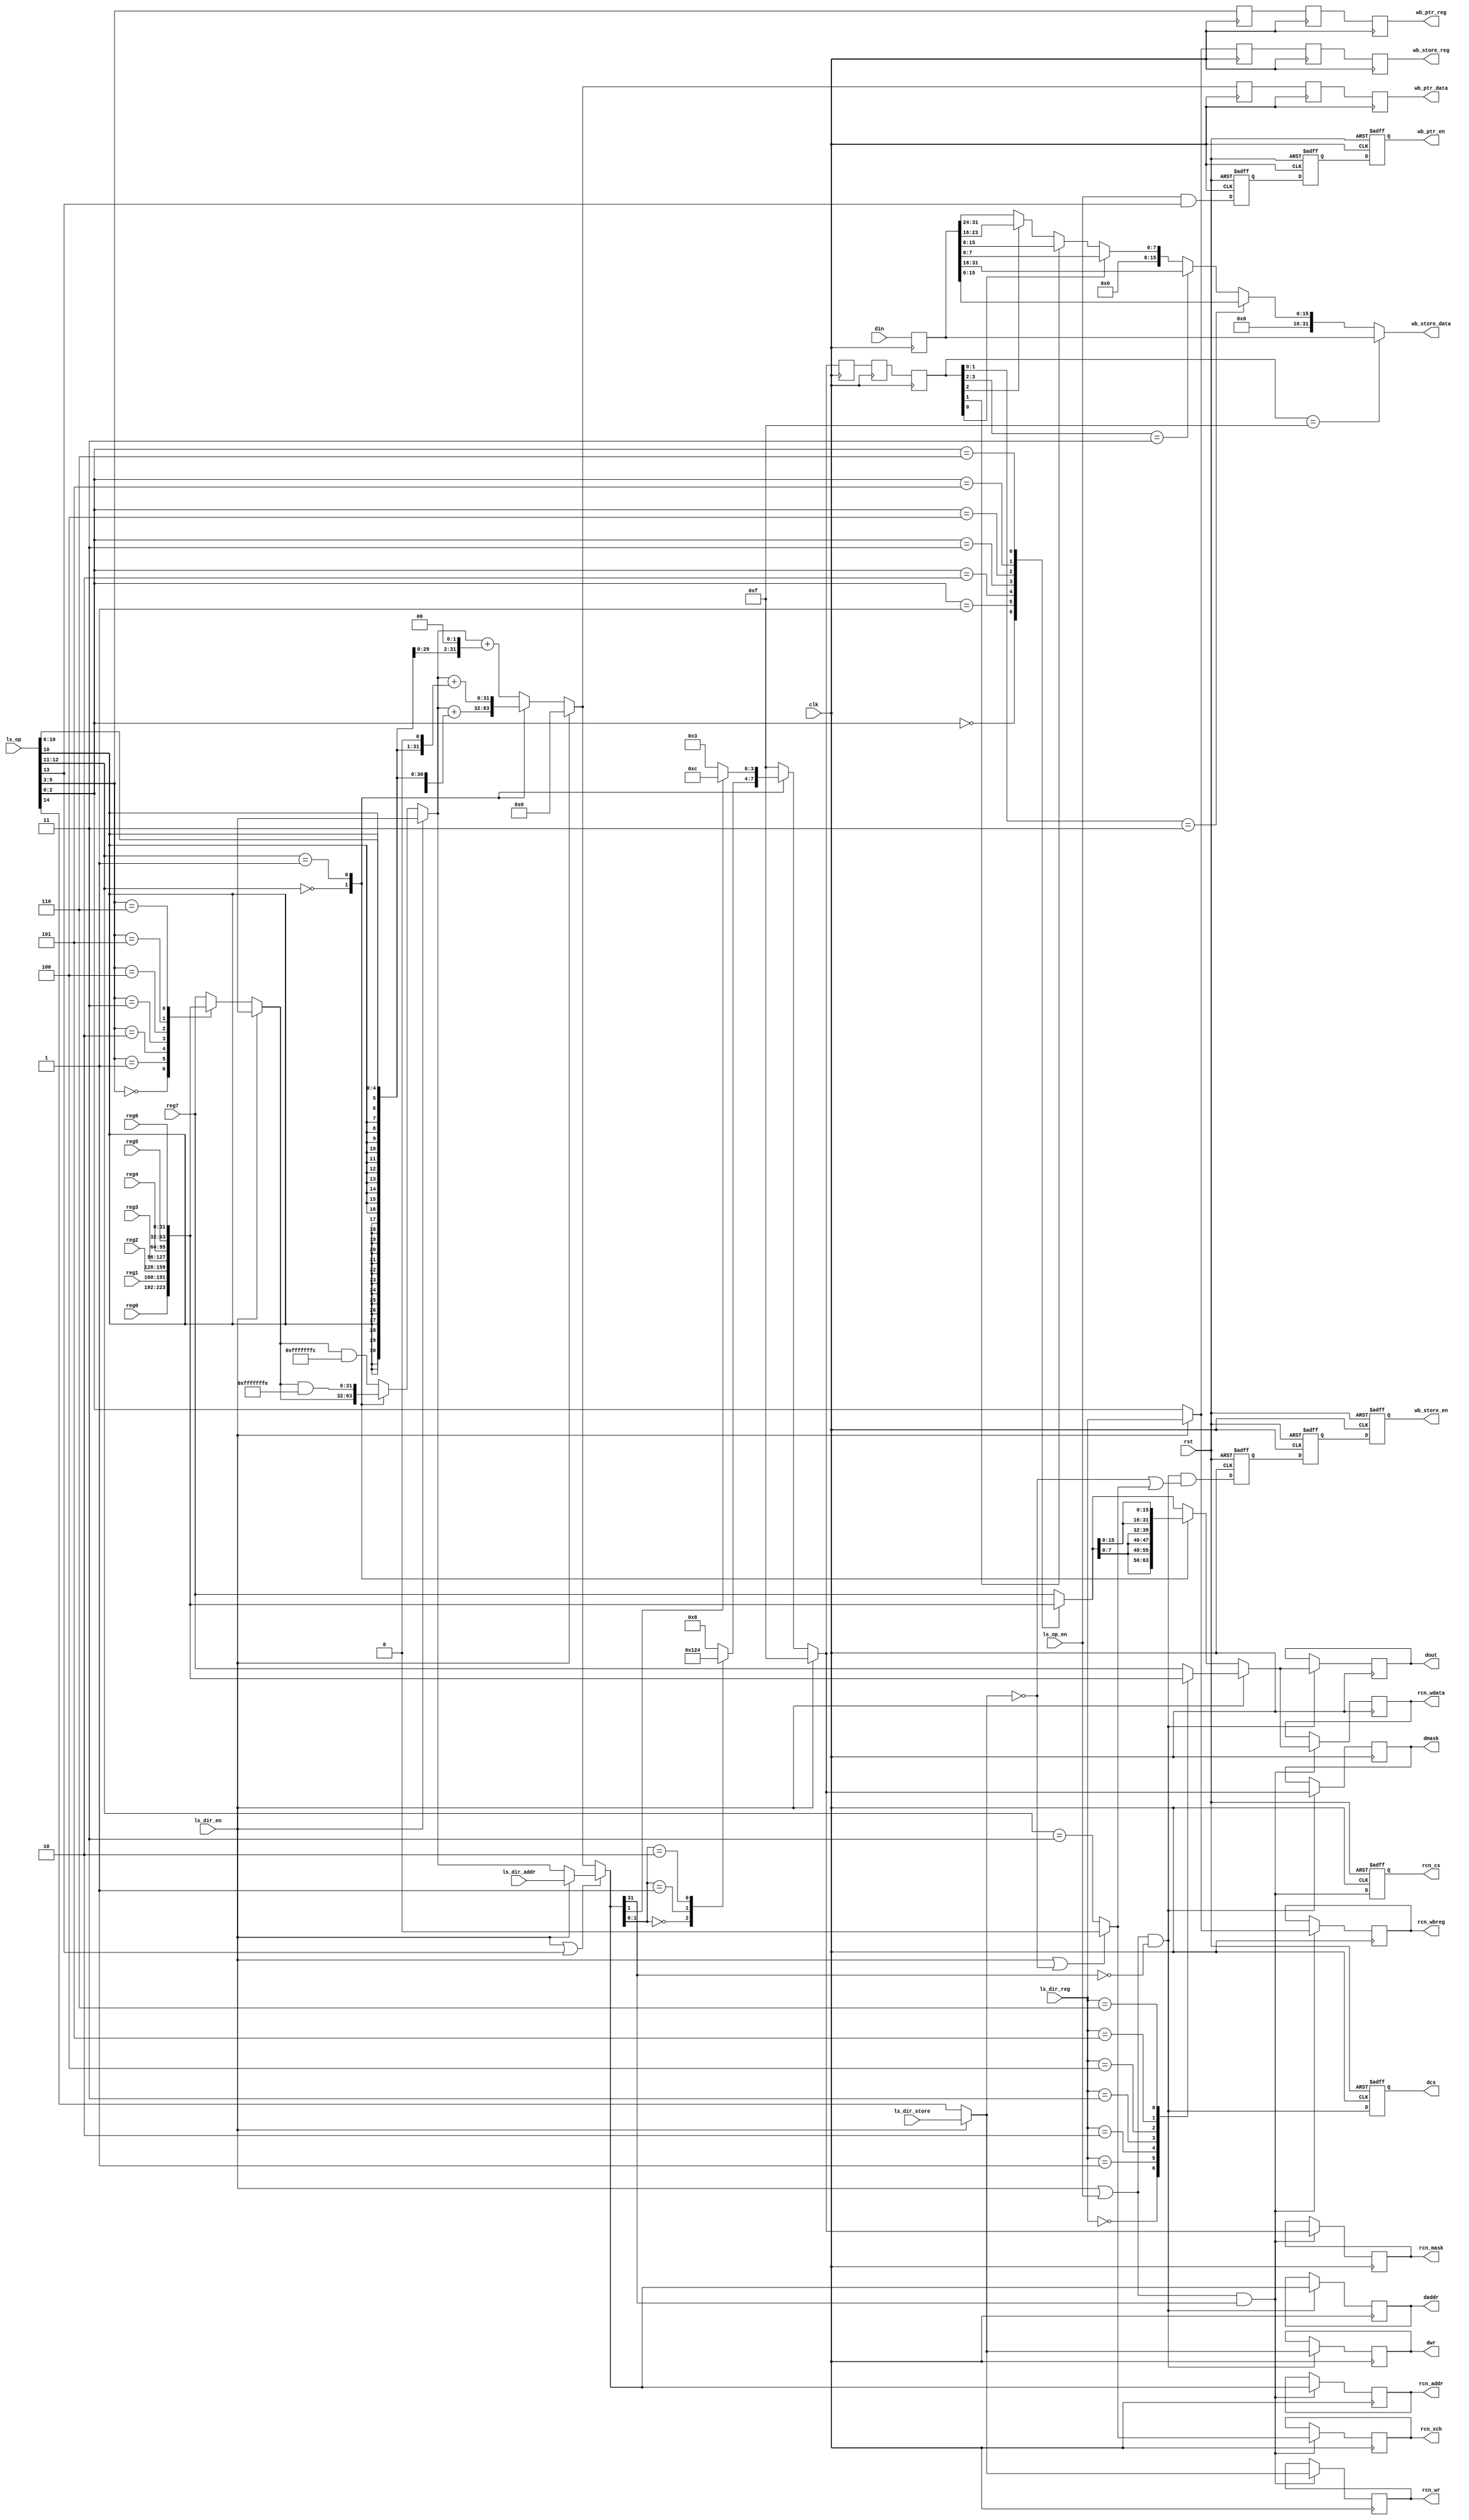
/* SPDX-License-Identifier: MIT */
/* (c) Copyright 2018 David M. Koltak, all rights reserved. */

//
// Tawas Load/Store:
//
// Perform load/store operations between the data bus and register file.
//

module tawas_ls
(
    input clk,
    input rst,

    input [31:0] reg0,
    input [31:0] reg1,
    input [31:0] reg2,
    input [31:0] reg3,
    input [31:0] reg4,
    input [31:0] reg5,
    input [31:0] reg6,
    input [31:0] reg7,

    input ls_dir_en,
    input ls_dir_store,
    input [2:0] ls_dir_reg,
    input [31:0] ls_dir_addr,
    
    input ls_op_en,
    input [14:0] ls_op,

    output reg dcs,
    output reg dwr,
    output reg [31:0] daddr,
    output reg [3:0] dmask,
    output reg [31:0] dout,
    input [31:0] din,

    output reg rcn_cs,
    output reg rcn_xch,
    output reg rcn_wr,
    output reg [31:0] rcn_addr,
    output reg [2:0] rcn_wbreg,
    output reg [3:0] rcn_mask,
    output reg [31:0] rcn_wdata,
        
    output wb_ptr_en,
    output [2:0] wb_ptr_reg,
    output [31:0] wb_ptr_data,

    output wb_store_en,
    output [2:0] wb_store_reg,
    output [31:0] wb_store_data
);

    //
    // Decode
    //
    
    wire ls_op_st = ls_op[14];
    wire ls_op_post_inc = ls_op[13];
    wire [1:0] ls_op_type = ls_op[12:11];
    wire [4:0] ls_op_off = ls_op[10:6];
    wire [2:0] ls_op_ptr = ls_op[5:3];
    wire [2:0] ls_op_reg = ls_op[2:0];
    
    wire wren = (ls_dir_en) ? ls_dir_store : ls_op_st;
    wire xchange = (ls_dir_en || !wren) ? 1'b0 : (ls_op_type == 2'b11);
    wire [2:0] wbreg = (ls_dir_en) ? ls_dir_reg : ls_op_reg;

    //
    // Bus address
    //
    
    reg [31:0] addr;
    reg [31:0] addr_inc;
    
    wire [31:0] bus_addr = (ls_dir_en || ls_op_post_inc) ? addr : addr_inc;
    wire data_bus_en = (ls_dir_en || ls_op_en) && (!bus_addr[31]);
    wire rcn_bus_en = (ls_dir_en || ls_op_en) && (bus_addr[31]);
    
    always @ *
        if (ls_dir_en)
        begin
            addr = ls_dir_addr;
            addr_inc = 32'd0;
        end
        else
        begin
            case (ls_op_ptr)
            3'd0: addr = reg0;
            3'd1: addr = reg1;
            3'd2: addr = reg2;
            3'd3: addr = reg3;
            3'd4: addr = reg4;
            3'd5: addr = reg5;
            3'd6: addr = reg6;
            default: addr = reg7;
            endcase
            
            case (ls_op_type)
            2'd0: addr = addr;
            2'd1: addr = addr & 32'hFFFFFFFE;
            default: addr = addr & 32'hFFFFFFFC;
            endcase
            
            case (ls_op_type)
            2'd0: addr_inc = addr + {{27{ls_op_off[4]}}, ls_op_off};
            2'd1: addr_inc = addr + {{26{ls_op_off[4]}}, ls_op_off, 1'b0};
            default: addr_inc = addr + {{25{ls_op_off[4]}}, ls_op_off, 2'd0};
            endcase
                       
        end
    
    //
    // Data/Mask
    //
    
    reg [31:0] wdata;
    reg [3:0] wmask;

    always @ *
        if (ls_dir_en)
        begin
            case (ls_dir_reg)
            3'd0: wdata = reg0;
            3'd1: wdata = reg1;
            3'd2: wdata = reg2;
            3'd3: wdata = reg3;
            3'd4: wdata = reg4;
            3'd5: wdata = reg5;
            3'd6: wdata = reg6;
            default: wdata = reg7;
            endcase
            
            wmask = 4'hF;
        end
        else
        begin
            case (ls_op_reg)
            3'd0: wdata = reg0;
            3'd1: wdata = reg1;
            3'd2: wdata = reg2;
            3'd3: wdata = reg3;
            3'd4: wdata = reg4;
            3'd5: wdata = reg5;
            3'd6: wdata = reg6;
            default: wdata = reg7;
            endcase

            case (ls_op_type)
            2'd0:
            begin
                wdata = {4{wdata[7:0]}};
                case (bus_addr[1:0])
                2'd0: wmask = 4'b0001;
                2'd1: wmask = 4'b0010;
                2'd2: wmask = 4'b0100;
                default: wmask = 4'b1000;
                endcase
            end
            2'd1:
            begin
                wdata = {2{wdata[15:0]}};
                if (!bus_addr[1])
                    wmask = 4'b0011;
                else
                    wmask = 4'b1100;
            end
            default: wmask = 4'hF;
            endcase
        end
    
    //
    // Issue bus transaction
    //
    
    always @ (posedge clk or posedge rst)
        if (rst)
        begin
            dcs <= 1'b0;
            rcn_cs <= 1'b0;
        end
        else
        begin
            dcs <= data_bus_en;
            rcn_cs <= rcn_bus_en;
        end
    
    always @ (posedge clk)
        if (data_bus_en)
        begin
            dwr <= wren;
            daddr <= bus_addr;
            dmask <= wmask;
            dout <= wdata;
        end
    
    always @ (posedge clk)
        if (rcn_bus_en)
        begin
            rcn_xch <= xchange;
            rcn_wr <= wren;
            rcn_addr <= bus_addr;
            rcn_wbreg <= wbreg;
            rcn_mask <= wmask;
            rcn_wdata <= wdata;
        end

    //
    // Retire data bus reads
    //
    
    reg ld_d1;
    reg ld_d2;
    reg ld_d3;

    reg wbptr_d1;
    reg wbptr_d2;
    reg wbptr_d3;
    
    always @ (posedge clk or posedge rst)
        if (rst)
        begin
            ld_d1 <= 1'b0;
            ld_d2 <= 1'b0;
            ld_d3 <= 1'b0;
            
            wbptr_d1 <= 1'b0;
            wbptr_d2 <= 1'b0;
            wbptr_d3 <= 1'b0;
        end
        else
        begin
            ld_d1 <= data_bus_en && (!wren || xchange);
            ld_d2 <= ld_d1;
            ld_d3 <= ld_d2;
            
            wbptr_d1 <= ls_op_en && ls_op_post_inc;
            wbptr_d2 <= wbptr_d1;
            wbptr_d3 <= wbptr_d2;
        end
    
    reg [2:0] wbreg_d1;
    reg [2:0] wbreg_d2;
    reg [2:0] wbreg_d3;
    
    reg [3:0] wmask_d1;
    reg [3:0] wmask_d2;
    reg [3:0] wmask_d3;
    
    reg [31:0] data_in;
    
    reg [2:0] wbptr_reg_d1;
    reg [2:0] wbptr_reg_d2;
    reg [2:0] wbptr_reg_d3;
    
    reg [31:0] wbptr_addr_d1;
    reg [31:0] wbptr_addr_d2;
    reg [31:0] wbptr_addr_d3;
    
    always @ (posedge clk)
    begin
        wbreg_d1 <= wbreg;
        wbreg_d2 <= wbreg_d1;
        wbreg_d3 <= wbreg_d2;
        
        wmask_d1 <= wmask;
        wmask_d2 <= wmask_d1;
        wmask_d3 <= wmask_d2;
        
        data_in <= din;
        
        wbptr_reg_d1 <= ls_op_ptr;
        wbptr_reg_d2 <= wbptr_reg_d1;
        wbptr_reg_d3 <= wbptr_reg_d2;
        
        wbptr_addr_d1 <= addr_inc;
        wbptr_addr_d2 <= wbptr_addr_d1;
        wbptr_addr_d3 <= wbptr_addr_d2;
    end
    
    reg [31:0] data_in_final;
    
    always @ *
        if (wmask_d3 == 4'b1111)
            data_in_final = data_in;
        else if (wmask_d3[1:0] == 2'b11)
            data_in_final = {16'd0, data_in[15:0]};
        else if (wmask_d3[3:2] == 2'b11)
            data_in_final = {16'd0, data_in[31:16]};
        else if (wmask_d3[0])
            data_in_final = {24'd0, data_in[7:0]};
        else if (wmask_d3[1])
            data_in_final = {24'd0, data_in[15:8]};
        else if (wmask_d3[2])
            data_in_final = {24'd0, data_in[23:16]};
        else
            data_in_final = {24'd0, data_in[31:24]};
    
    assign wb_ptr_en = wbptr_d3;
    assign wb_ptr_reg = wbptr_reg_d3;
    assign wb_ptr_data = wbptr_addr_d3;
    
    assign wb_store_en = ld_d3;
    assign wb_store_reg = wbreg_d3;
    assign wb_store_data = data_in_final;
    
endmodule